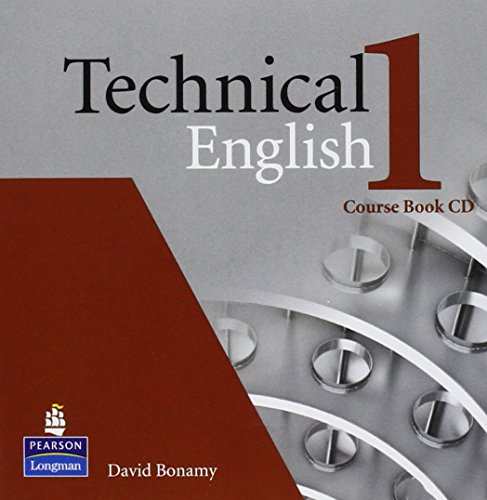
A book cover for Technical English 1 Course Book Audio CD; David Bonamy; Education & Teaching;